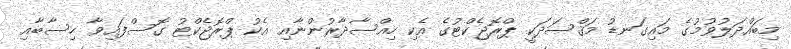
މިބައްދަލުވުމުގެ މައިގަނޑު މަޤްސަދަކީ ޕްރޮޖެކްޓުގެ އެކި ހިއްސާދާރުންނާއި އެކު ޕްރޮޖެކްޓު ގޮސްފައިވާ ހިސާބާއި